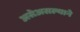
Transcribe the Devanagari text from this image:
असेअसल्याने